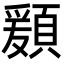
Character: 𩔃